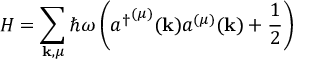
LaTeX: H = \sum _ { \mathbf { k } , \mu } \hbar \omega \left( { a ^ { \dagger } } ^ { ( \mu ) } ( \mathbf { k } ) a ^ { ( \mu ) } ( \mathbf { k } ) + { \frac { 1 } { 2 } } \right)